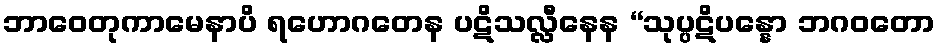
ဘာဝေတုကာမေနာပိ ရဟောဂတေန ပဋိသလ္လီနေန “သုပ္ပဋိပန္နော ဘဂဝတော